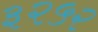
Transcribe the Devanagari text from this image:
३२५२